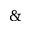
\&